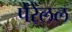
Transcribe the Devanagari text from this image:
पेरेलल